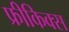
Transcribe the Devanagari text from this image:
फ्रीकिक्स